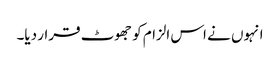
انہوں نے اس الزام کو جھوٹ قرار دیا۔